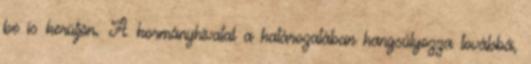
be is kerüljön. A kormányhivatal a határozatában hangsúlyozza továbbá,